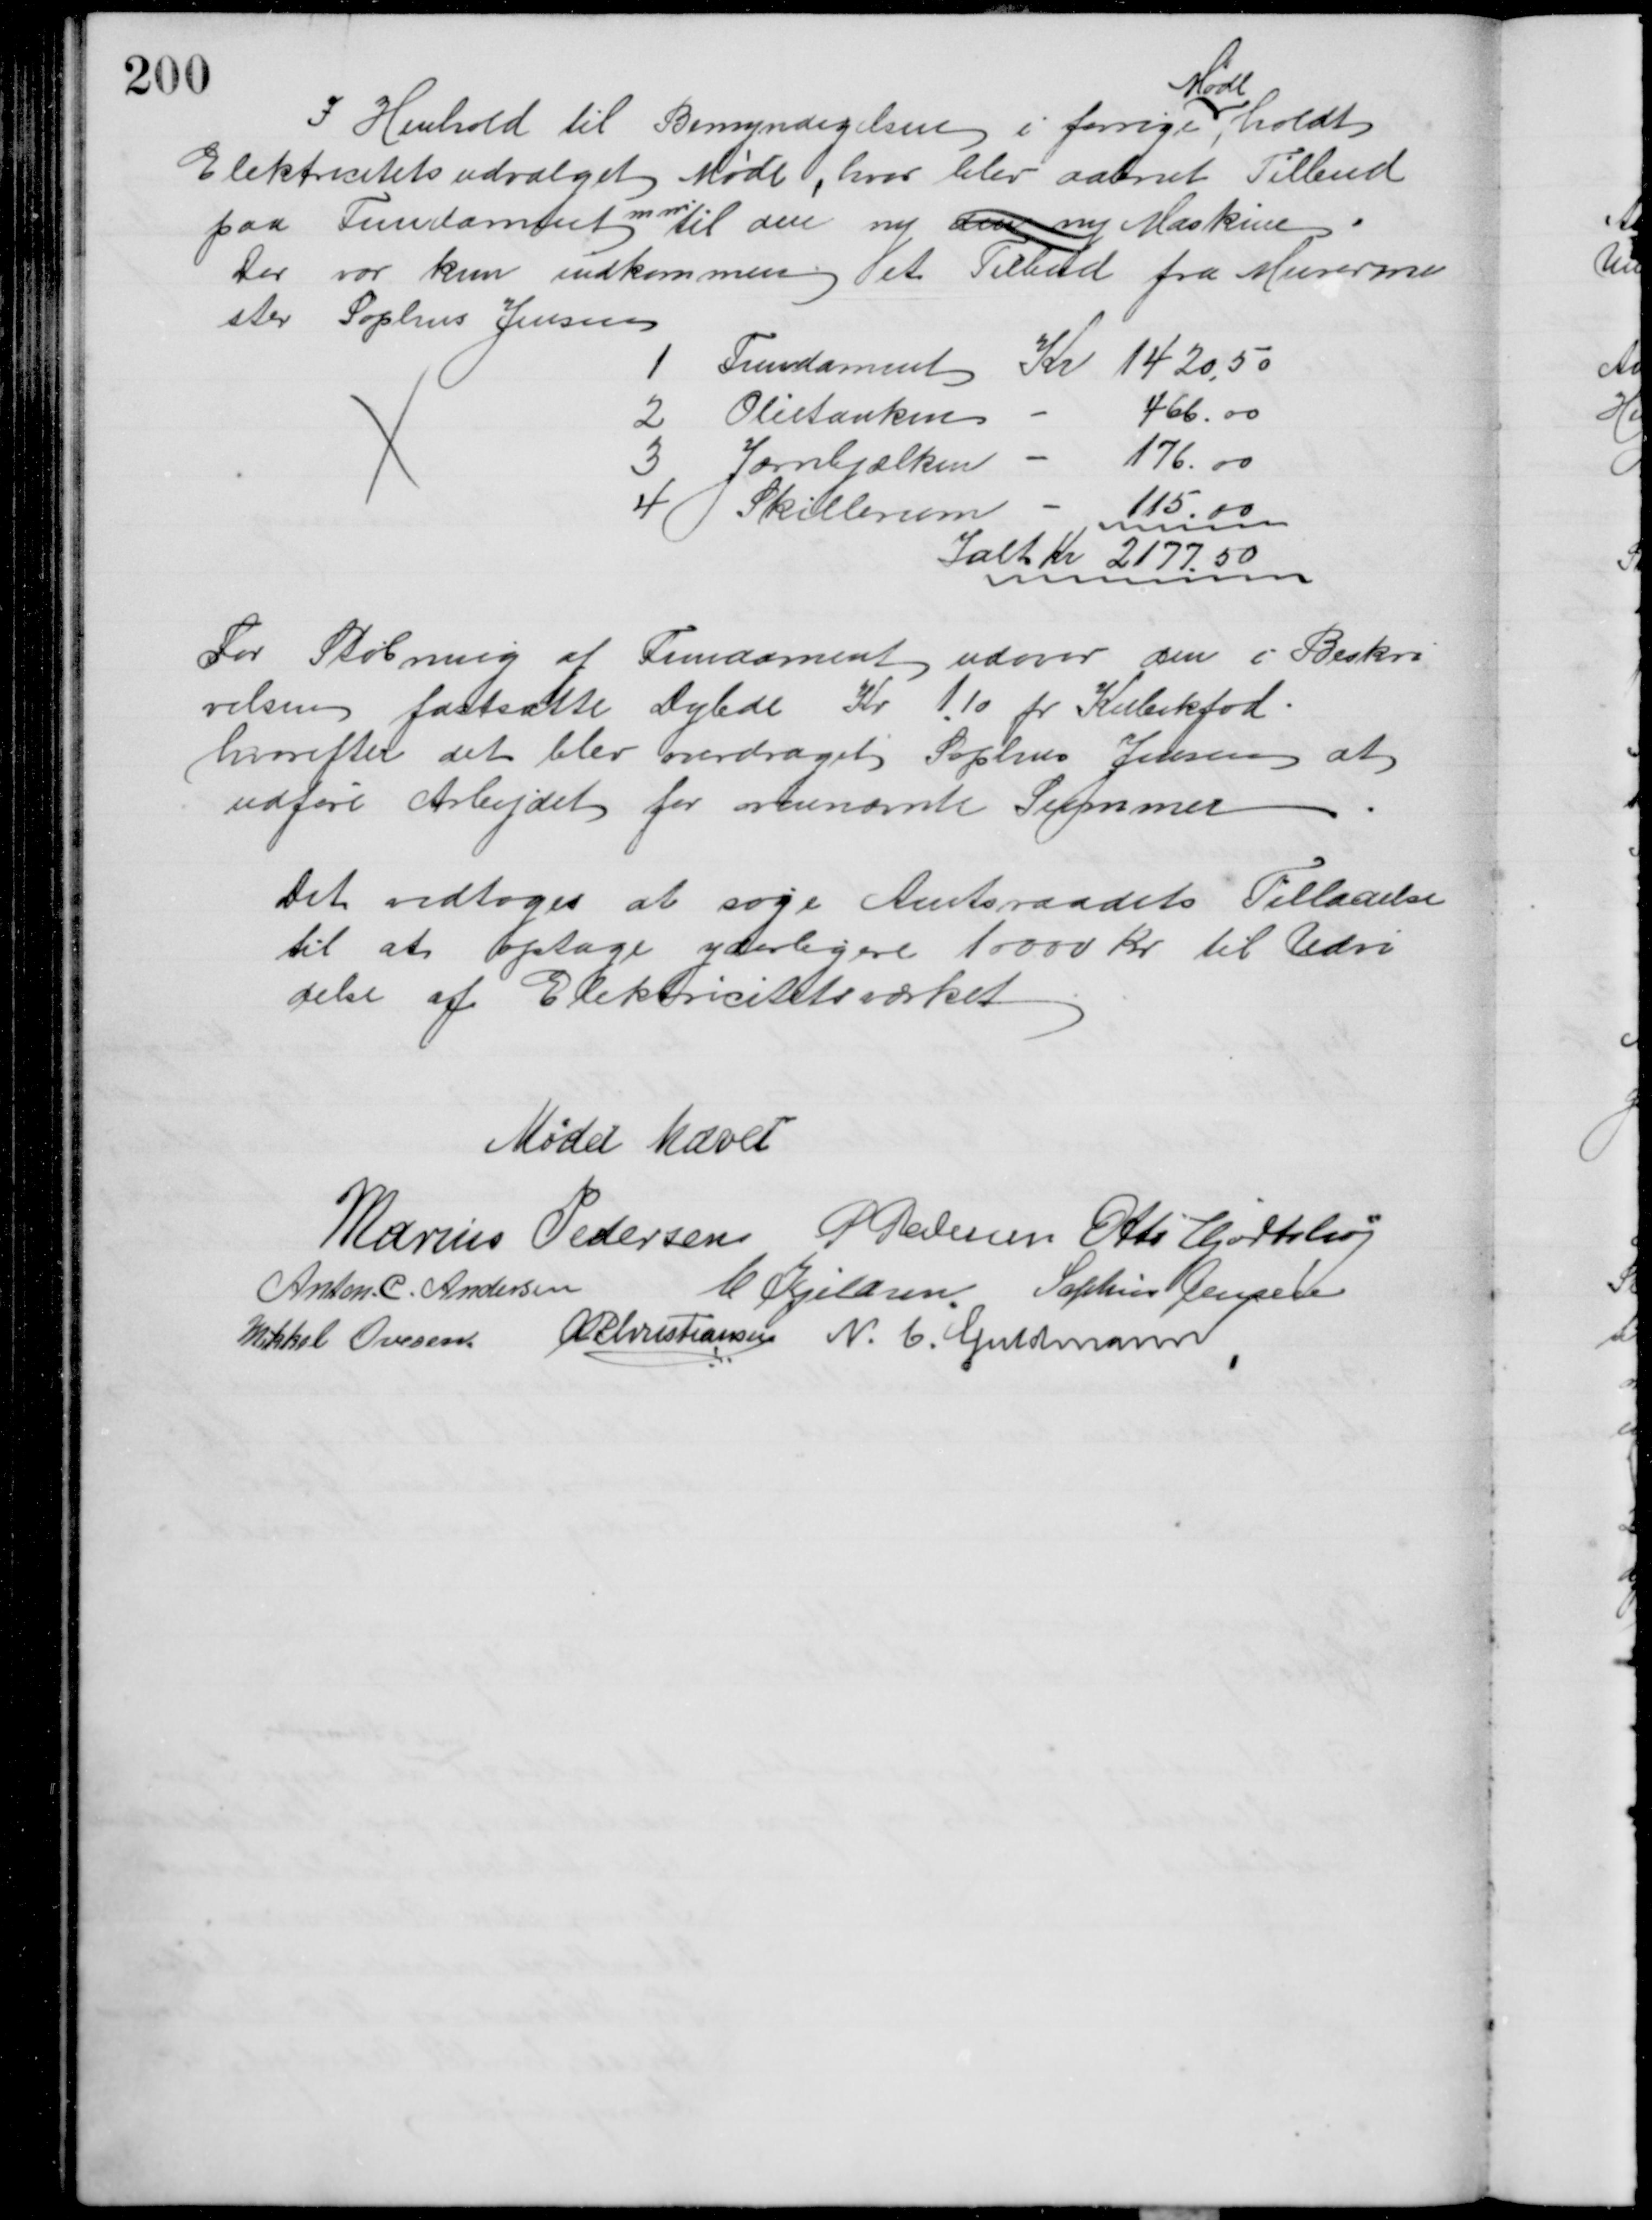
Transskription:
I Henhold til Bemyndigelsen i forrige
Møde
holdt
Elektricitetsudvalget Møde, hvor blev aabnet Tilbud
paa Fundament 
m m
til den ny den ny Maskine
Der var kun indkommen et Tilbud fra Murerme
ster Sophus Jensen
1
Fundament Kr 1420,50
2
Olietanken
466.00
3 
Jærnbjælken
176.00
4
Skillerum
115.00
Ialt Kr 2177. 50
For Støbning af Fundament udover den i Beskri
velsen fastsatte Dybde Kr 1.10 pr Kubikfod.
hvorefter det blev overdraget Sophus Jensen at
udføre Arbejdet for ovennævnte Summer
Det vedtoges at søge Amtsraadets Tilladelse
til at optage yderligere 10000 Kr til Udvi
delse af Elektricitetsværket
Mødet hævet
Marius Pedersen P Pedersen Otto Hjortshøj
Anton. C. Andersen
C Kjeldsen. Sophus Jensen
Mikkel Ovesen  A P Christiansen N. C. Guldmann